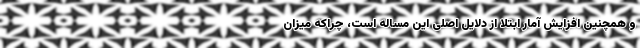
و همچنین افزایش آمار ابتلا از دلایل اصلی این مساله است، چراکه میزان